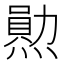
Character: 𤏩